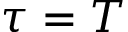
\tau = T